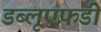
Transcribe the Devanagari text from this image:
डब्लूएफ़डी